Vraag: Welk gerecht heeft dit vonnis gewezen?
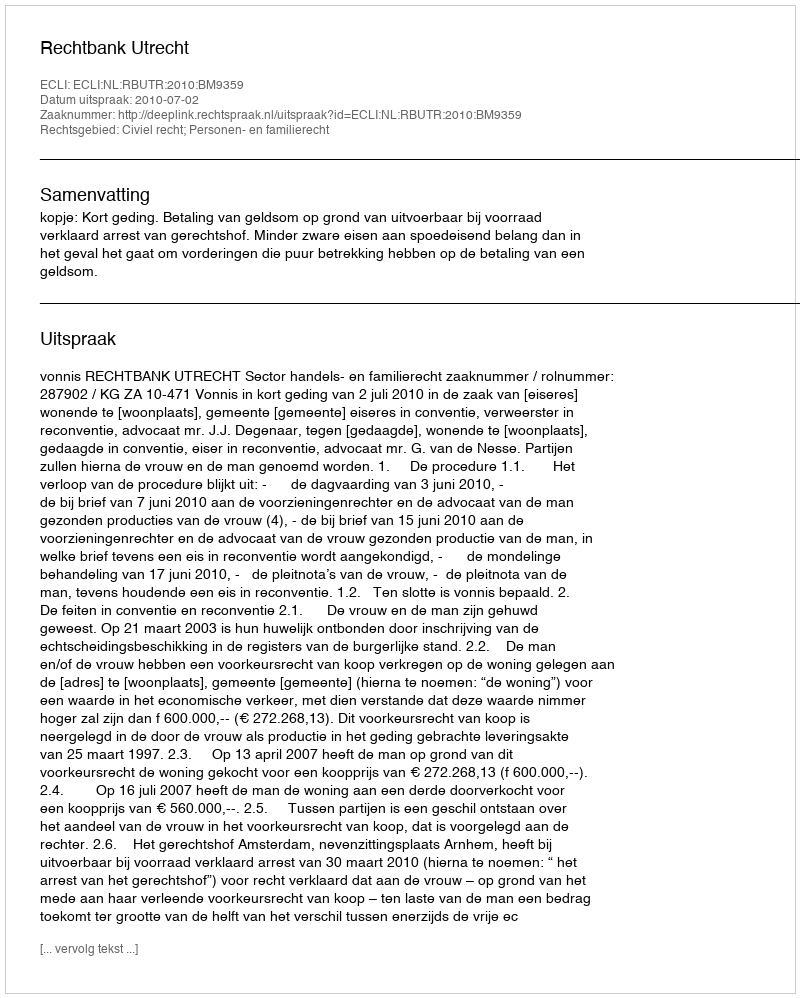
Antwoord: Rechtbank Utrecht